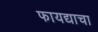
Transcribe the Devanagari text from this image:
फायद्याचा